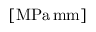
\left[ \mathrm { M P a } \, \mathrm { m m } \right]